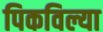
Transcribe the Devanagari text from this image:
पिकविल्या